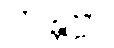
ဟန္တဗ္ဗာ